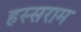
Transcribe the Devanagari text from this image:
हस्सराम